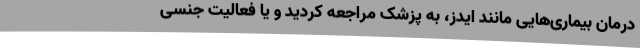
درمان بیماری‌هایی مانند ایدز، به پزشک مراجعه کردید و یا فعالیت جنسی